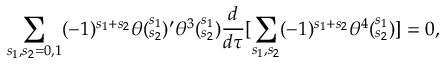
\sum _ { { s _ { 1 } , s _ { 2 } } = { 0 , 1 } } ( - 1 ) ^ { s _ { 1 } + s _ { 2 } } \theta ( _ { s _ { 2 } } ^ { s _ { 1 } } ) ^ { \prime } \theta ^ { 3 } ( _ { s _ { 2 } } ^ { s _ { 1 } } ) \frac { d } { d \tau } [ \sum _ { s _ { 1 } , s _ { 2 } } ( - 1 ) ^ { s _ { 1 } + s _ { 2 } } \theta ^ { 4 } ( _ { s _ { 2 } } ^ { s _ { 1 } } ) ] = 0 ,